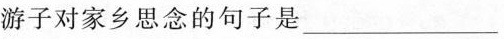
游子对家乡思念的句子是___